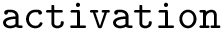
\mathtt { a c t i v a t i o n }